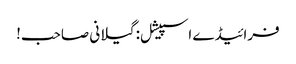
فرائیڈے اسپیشل: گیلانی صاحب!